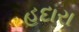
હદારા